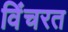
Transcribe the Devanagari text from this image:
विंचरत